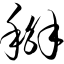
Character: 掰